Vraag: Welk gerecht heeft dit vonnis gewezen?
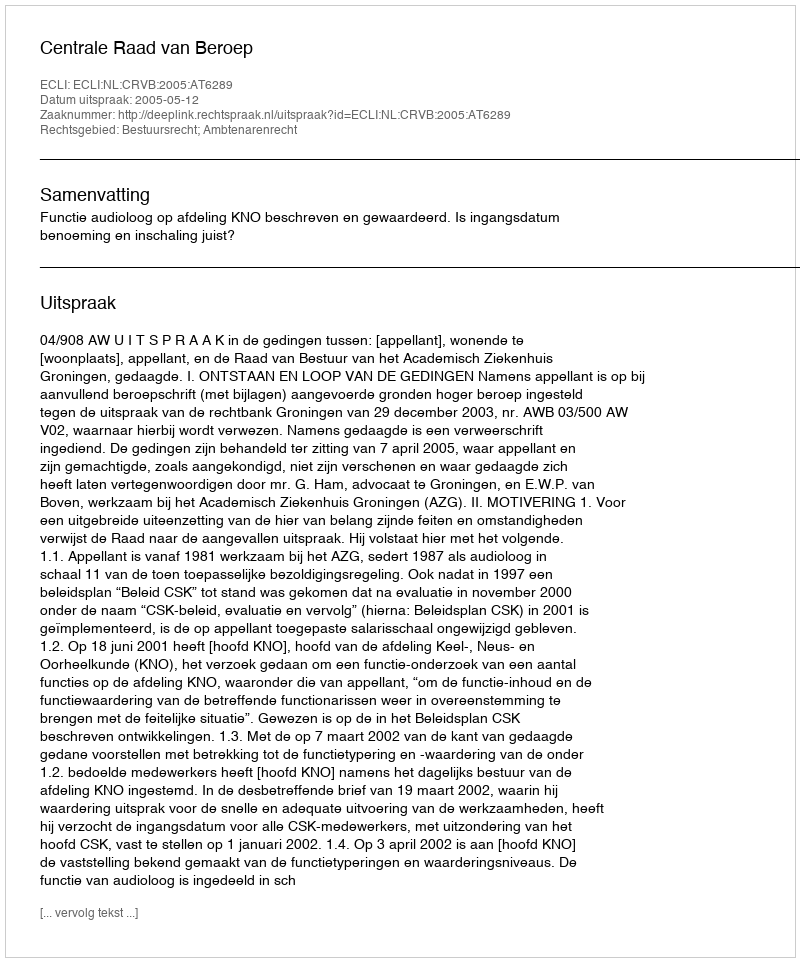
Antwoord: Centrale Raad van Beroep